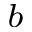
^ { b }